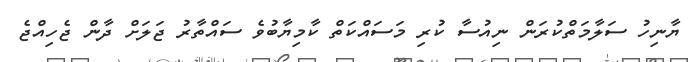
ޔާނިހު ސަލާމަތްކުރަން ނިއުސާ ކުރި މަސައްކަތް ކާމިޔާބުވެ ސައްތާރު ޖަލަށް ދާން ޖެހިއްޖެ